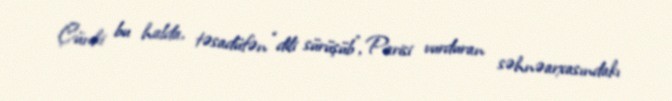
Çünki bu halda, təsadüfən “dili sürüşüb”, Parisi vurduran səhnəarxasındakı